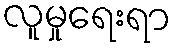
လူမှုရေးရာ